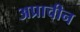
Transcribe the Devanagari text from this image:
अप्राचीन